Report of the Indian Hemp Drugs Commission, 1894-1895 - Volume IV
Year: 1894
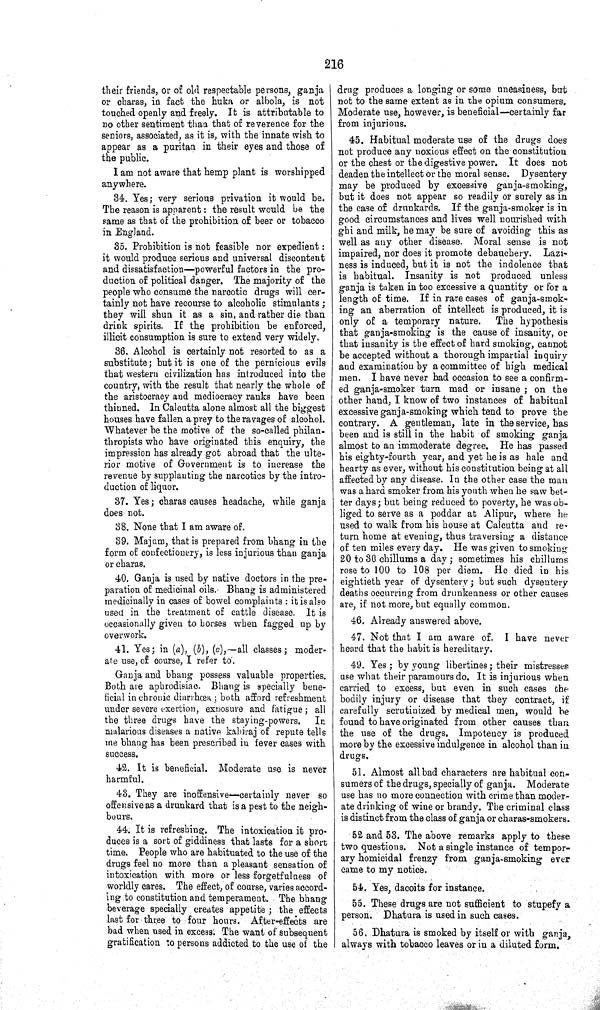
216
their friends, or of old respectable persons, ganja
or charas, in fact the huka or albola, is not
touched openly and freely. It is attributable to
no other sentiment than that of reverence for the
seniors, associated, as it is, with the innate wish to
appear as a puritan in their eyes and those of
the public.
I am not aware that hemp plant is worshipped
anywhere.
34. Yes; very serious privation it would be.
The reason is apparent: the result would be the
same as that of the prohibition of beer or tobacco
in England.
35. Prohibition is not feasible nor expedient:
it would produce serious and universal discontent
and dissatisfaction—powerful factors in the pro-
duction of political danger. The majority of the
people who consume the narcotic drugs will cer-
tainly not have recourse to alcoholic stimulants;
they will shun it as a sin, and rather die than
drink spirits. If the prohibition be enforced,
illicit consumption is sure to extend very widely.
36. Alcohol is certainly not resorted to as a
substitute; but it is one of the pernicious evils
that western civilization has introduced into the
country, with the result that nearly the whole of
the aristocracy and mediocracy ranks have been
thinned. In Calcutta alone almost all the biggest
houses have fallen a prey to the ravages of alcohol.
Whatever be the motive of the so-called philan-
thropists who have originated this enquiry, the
impression has already got abroad that the ulte-
rior motive of Government is to increase the
revenue by supplanting the narcotics by the intro-
duction of liquor.
37. Yes; charas causes headache, while ganja
does not.
38. None that I am aware of.
39. Majum, that is prepared from bhang in the
form of confectionery, is less injurious than ganja
or charas.
40. Ganja is used by native doctors in the pre-
paration of medicinal oils. Bhang is administered
medicinally in cases of bowel complaints: it is also
used in the treatment of cattle disease. It is
occasionally given to horses when fagged up by
overwork.
41. Yes; in (a), (b), (c),—all classes; moder-
ate use, of course, I refer to.
Ganja and bhang possess valuable properties.
Both are aphrodisiac. Bhang is specially bene-
ficial in chronic diarrhœa; both afford refreshment
under severe exertion, exposure and fatigue; all
the three drugs have the staying-powers.
In
malarious diseases a native kabiraj of repute tells
me bhang has been prescribed in fever cases with
success.
42. It is beneficial. Moderate use is never
harmful.
43. They are inoffensive—certainly never so
offensive as a drunkard that is a pest to the neigh-
bours.
44. It is refreshing. The intoxication it pro-
duces is a sort of giddiness that lasts for a short
time. People who are habituated to the use of the
drugs feel no more than a pleasant sensation of
intoxication with more or less forgetfulness of
worldly cares. The effect, of course, varies accord-
ing to constitution and temperament. The bhang
beverage specially creates appetite; the effects
last for three to four hours. After-effects are
bad when used in excess. The want of subsequent
gratification to persons addicted to the use of the
drug produces a longing or some uneasiness, but
not to the same extent as in the opium consumers.
Moderate use, however, is beneficial—certainly far
from injurious.
45. Habitual moderate use of the drugs does
not produce any noxious effect on the constitution
or the chest or the digestive power. It does not
deaden the intellect or the moral sense. Dysentery
may be produced by excessive ganja-smoking,
but it does not appear so readily or surely as in
the case of drunkards. If the ganja-smoker is in
good circumstances and lives well nourished with
ghi and milk, he may be sure of avoiding this as
well as any other disease. Moral sense is not
impaired, nor does it promote debauchery. Lazi-
ness is induced, but it is not the indolence that
is habitual. Insanity is not produced unless
ganja is taken in too excessive a quantity or for a
length of time. If in rare cases of ganja-smok-
ing an aberration of intellect is produced, it is
only of a temporary nature.
The hypothesis
that ganja-smoking is the cause of insanity, or
that insanity is the effect of hard smoking, cannot
be accepted without a thorough impartial inquiry
and examination by a committee of high medical
men. I have never had occasion to see a confirm-
ed ganja-smoker turn mad or insane; on the
other hand, I know of two instances of habitual
excessive ganja-smoking which tend to prove the
contrary. A gentleman, late in the service, has
been and is still in the habit of smoking ganja
almost to an immoderate degree. He has passed
his eighty-fourth year, and yet he is as hale and
hearty as ever, without his constitution being at all
affected by any disease. In the other case the man
was a hard smoker from his youth when he saw bet-
ter days; but being reduced to poverty, he was ob-
liged to serve as a poddar at Alipur, where he
used to walk from his house at Calcutta and re-
turn home at evening, thus traversing a distance
of ten miles every day. He was given to smoking
20 to 30 chillums a day; sometimes his chillums
rose to 100 to 108 per diem. He died in his
eightieth year of dysentery; but such dysentery
deaths occurring from drunkenness or other causes
are, if not more, but equally common.
46. Already answered above.
47. Not that I am aware of. I have never
heard that the habit is hereditary.
49. Yes; by young libertines; their mistresses
use what their paramours do. It is injurious when
carried to excess, but even in such cases the
bodily injury or disease that they contract, if
carefully scrutinized by medical men, would be
found to have originated from other causes than
the use of the drugs. Impotency is produced
more by the excessive indulgence in alcohol than in
drugs.
51. Almost all bad characters are habitual con-
sumers of the drugs, specially of ganja. Moderate
use has no more connection with crime than moder-
ate drinking of wine or brandy. The criminal class
is distinct from the class of ganja or charas-smokers.
52 and 53. The above remarks apply to these
two questions. Not a single instance of tempor-
ary homicidal frenzy from ganja-smoking ever
came to my notice.
54. Yes, dacoits for instance.
55. These drugs are not sufficient to stupefy a
person. Dhatura is used in such cases.
56. Dhatura is smoked by itself or with ganja,
always with tobacco leaves or in a diluted form.